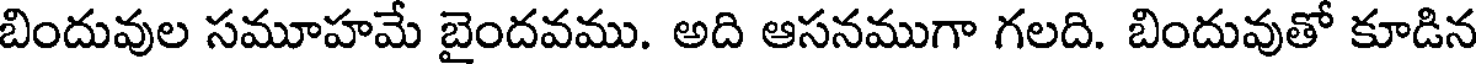
బిందువుల సమూహమే బైందవము. అది ఆసనముగా గలది. బిందువుతో కూడిన